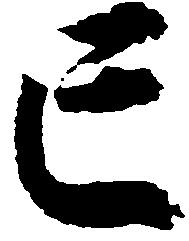
亡